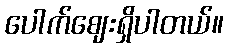
ပေါက်ဈေးရှိပါတယ်။